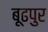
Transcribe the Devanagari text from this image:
बूढपुर